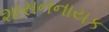
શાસનનાયક